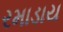
રમાડાય